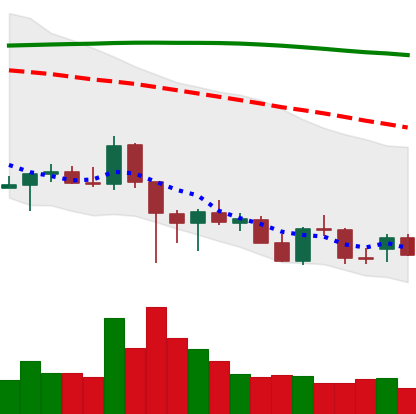
Ticker: ADA-USD
Chart end date: 2021-12-16
Forward return: 3.251%
Label: up_3_5